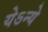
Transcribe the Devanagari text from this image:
येऽन्ये